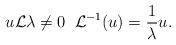
LaTeX: \begin{align*}u \mathcal{L} \lambda \not = 0 \; \; \mathcal{L}^{-1}(u) = \frac{1}{\lambda} u. \end{align*}